Code of medical and sanitary regulations for the guidance of medical officers serving in the Madras Presidency - Volume II
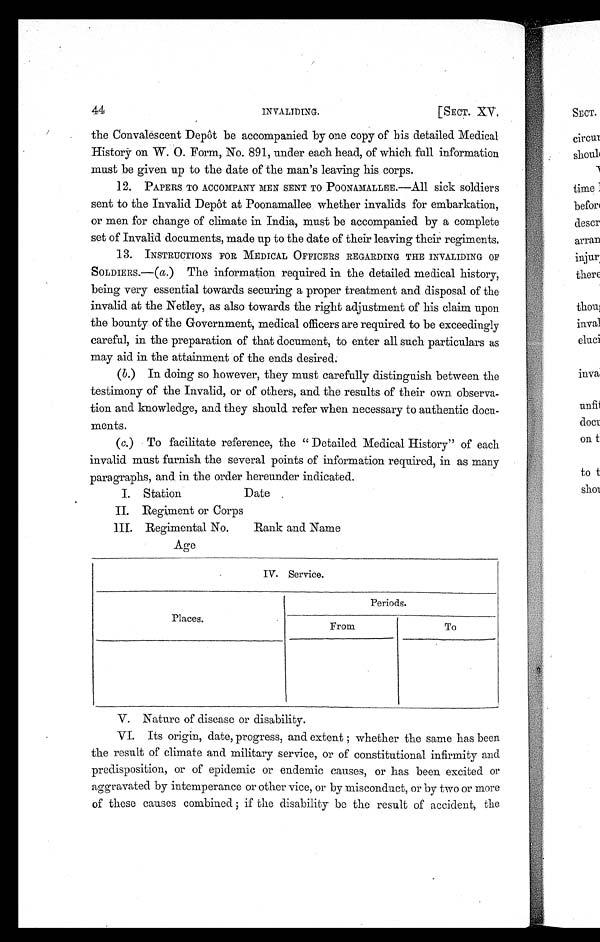
44
INVALIDING.
[SECT. XV.
the Convalescent Depôt be accompanied by one copy of his detailed Medical
History on W. O. Form, No. 891, under each head, of which full information
must be given up to the date of the man's leaving his corps.
12.
PAPERS TO ACCOMPANY MEN SENT TO POONAMALLEE.—All sick soldiers
sent to the Invalid Depôt at Poonamallee whether invalids for embarkation,
or men for change of climate in India, must be accompanied by a complete
set of Invalid documents, made up to the date of their leaving their regiments.
13.
INSTRUCTIONS FOR MEDICAL OFFICERS REGARDING THE INVALIDING OF
SOLDIERS.—( a .) The information required in the detailed medical history,
being very essential towards seeming a proper treatment and disposal of the
invalid at the Netley, as also towards the right adjustment of his claim upon
the bounty of the Government, medical officers are required to be exceedingly
careful, in the preparation of that document, to enter all such particulars as
may aid in the attainment of the ends desired.
(b.) In doing so however, they must carefully distinguish between the
testimony of the Invalid, or of others, and the results of their own observa-
tion and knowledge, and they should refer when necessary to authentic docu-
ments.
(c.) To facilitate reference, the " Detailed Medical History" of each
invalid must furnish the several points of information required, in as many
paragraphs, and in the order hereunder indicated.
I. Station
Date
II. Regiment or Corps
I I I . R e g i m e n t a l N o .
R a n k a n d N a m e
Age
IV. Service.
Places.
Periods.
From
To
V. Nature of disease or disability.
VI. Its origin, date, progress, and extent whether the same has been
the result of climate and military service, or of constitutional infirmity and
predisposition, or of epidemic or endemic causes, or has been excited or
aggravated by intemperance or other vice, or by misconduct, or by two or more
of these causes combined ; if the disability be the result of accident, the